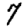
Digit: 7